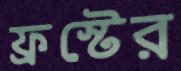
ফ্রস্টের